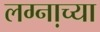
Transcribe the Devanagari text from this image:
लग्ना़च्या